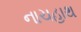
નાચહાથ